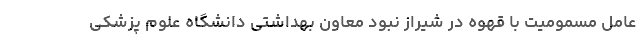
عامل مسمومیت با قهوه در شیراز نبود معاون بهداشتی دانشگاه علوم پزشکی